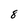
Character: 8